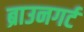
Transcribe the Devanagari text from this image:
ब्राउनगर्ट